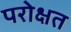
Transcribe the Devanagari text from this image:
परोक्षत